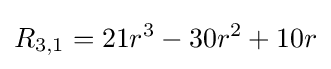
R_{3,1}=21r^{3}-30r^{2}+10r